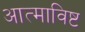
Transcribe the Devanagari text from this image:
आत्माविष्ट